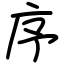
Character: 序